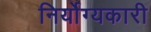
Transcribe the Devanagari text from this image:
निर्योग्यकारी